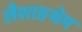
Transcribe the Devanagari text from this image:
लैशाङथेम